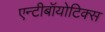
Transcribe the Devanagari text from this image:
एन्टीबॉयोटिक्स